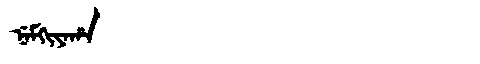
Manchu: ᠨᡝᠮᡴᡳᠶᠠᡥᠠ
Romanization: NEMKIYAHA